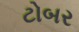
ટોબર